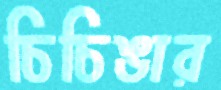
চিচিঙার